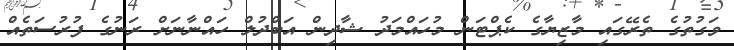
ވަގުތުގެ ތެރޭގައި މާޒިޔާގެ ކެޕްޓަން މުހައްމަދު ޝާދިން އަބްދުލް ހައްނާނަށް ރަނުގެ ފުރުސަތެއް